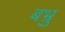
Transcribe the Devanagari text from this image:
बभ्रु